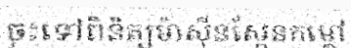
ចុះទៅពិនិត្យម៉ាស៊ីនស្កែនកម្តៅ